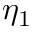
\eta _ { 1 }